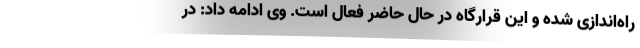
راه‌اندازی شده و این قرارگاه در حال حاضر فعال است. وی ادامه داد: در